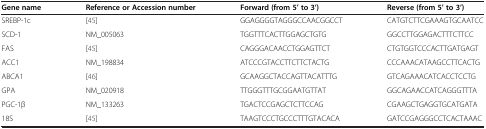
<table><thead><tr><td><b>Gene name</b></td><td><b>Reference or Accession number</b></td><td><b>Forward (from 5’ to 3’)</b></td><td><b>Reverse (from 5’ to 3’)</b></td></tr></thead><tbody><tr><td>SREBP-1c</td><td>[45]</td><td>GGAGGGGTAGGGCCAACGGCCT</td><td>CATGTCTTCGAAAGTGCAATCC</td></tr><tr><td>SCD-1</td><td>NM_005063</td><td>TGGTTTCACTTGGAGCTGTG</td><td>GGCCTTGGAGACTTTCTTCC</td></tr><tr><td>FAS</td><td>[45]</td><td>CAGGGACAACCTGGAGTTCT</td><td>CTGTGGTCCCACTTGATGAGT</td></tr><tr><td>ACC1</td><td>NM_198834</td><td>ATCCCGTACCTTCTTCTACTG</td><td>CCCAAACATAAGCCTTCACTG</td></tr><tr><td>ABCA1</td><td>[46]</td><td>GCAAGGCTACCAGTTACATTTG</td><td>GTCAGAAACATCACCTCCTG</td></tr><tr><td>GPA</td><td>NM_020918</td><td>TTGGGTTTGCGGAATGTTAT</td><td>GGCAGAACCATCAGGGTTTA</td></tr><tr><td>PGC-1β</td><td>NM_133263</td><td>TGACTCCGAGCTCTTCCAG</td><td>CGAAGCTGAGGTGCATGATA</td></tr><tr><td>18S</td><td>[45]</td><td>TAAGTCCCTGCCCTTTGTACACA</td><td>GATCCGAGGGCCTCACTAAAC</td></tr></tbody></table>